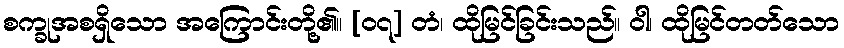
စက္ခုအစရှိသော အကြောင်းတို့၏။ [၀၇] တံ၊ ထိုမြင်ခြင်းသည်။ ဝါ၊ ထိုမြင်တတ်သော